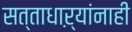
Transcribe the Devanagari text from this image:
सत्ताधाऱ्यांनाही